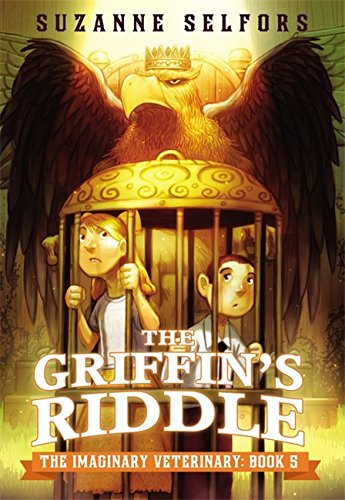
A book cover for The Griffin's Riddle (The Imaginary Veterinary); Suzanne Selfors; Children's Books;